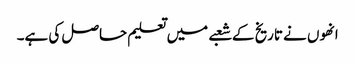
انھوں نے تاریخ کے شعبے میں تعلیم حاصل کی ہے۔